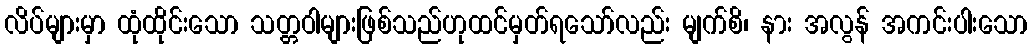
လိပ်များမှာ ထုံထိုင်းသော သတ္တဝါများဖြစ်သည်ဟုထင်မှတ်ရသော်လည်း မျက်စိ၊ နား အလွန် အကင်းပါးသော